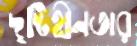
দৃষ্টিহীনতার